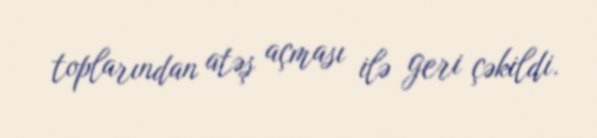
toplarından atəş açması ilə geri çəkildi.